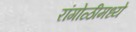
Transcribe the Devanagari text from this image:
रांगोळीमध्ये